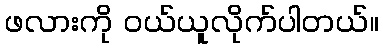
ဖလားကို ဝယ်ယူလိုက်ပါတယ်။